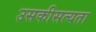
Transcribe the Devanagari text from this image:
उसकीसत्यता